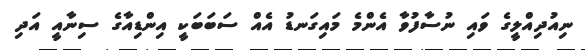
ނިއުދިއްލީގެ ވައި ނުސާފުވާ އެންމެ މައިގަނޑު އެއް ސަބަބަކީ އިންޑިއާގެ ސިނާއީ އަދި